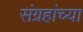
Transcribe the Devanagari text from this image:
संग्रहांच्या